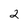
Character: 2